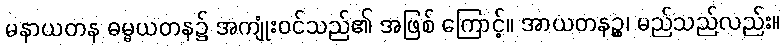
မနာယတန ဓမ္မယတန၌ အကျုံးဝင်သည်၏ အဖြစ် ကြောင့်။ အာယတနဉ္စ၊ မည်သည်လည်း။